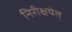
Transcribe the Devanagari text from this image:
निरीक्षयेत्